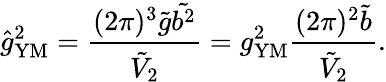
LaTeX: \hat{g}_{\mathrm{YM}}^{2}=\frac{(2\pi)^{3}\tilde{g}\tilde{b^{2}}}{\tilde{V}_{2}}=g_{\mathrm{YM}}^{2}\frac{(2\pi)^{2}\tilde{b}}{\tilde{V}_{2}}.